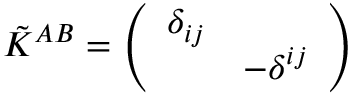
\tilde { K } ^ { A B } = \left( \begin{array} { l l } { { \delta _ { i j } } } & { { } } \\ { { } } & { { - \delta ^ { i j } } } \end{array} \right)